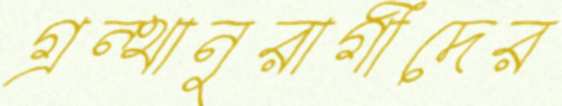
গ্রন্থানুরাগীদের